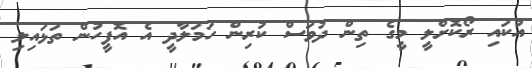
އުކައި ރޯކޮށްލީ މީގެ ތިން ދުވަސް ކުރިން ހަމަލާދީ އެ އޮފީހުން ތަޅައިލި